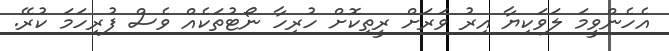
އެހެންވީމަ ލަވަކިޔާ އިރު ވަރަށް ރީތިކޮށް ހުރިހާ ނޯޓުތަކެއް ވެސް ފުރިހަމަ ކުރޭ.